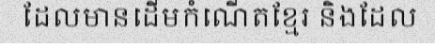
ដែលមានដើមកំណើតខ្មែរ និងដែល